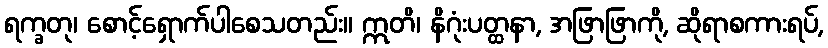
ရက္ခတု၊ စောင့်ရှောက်ပါစေသတည်း။ ဣတိ၊ နိဂုံးပတ္ထနာ, အဖြာဖြာကို, ဆိုရာစကားရပ်,